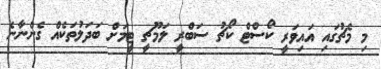
މި މެޗުގައި އައިވަރީ ކޯސްޓް ކޯޗު ސަބްރީ ލަމޫޗީ ޓީމަށް ބަދަލުތަކެއް ގެންނާނެ